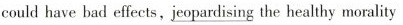
could have bad effects,\underline{jeopardising} the healthy morality